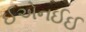
ઈએનઈઈ